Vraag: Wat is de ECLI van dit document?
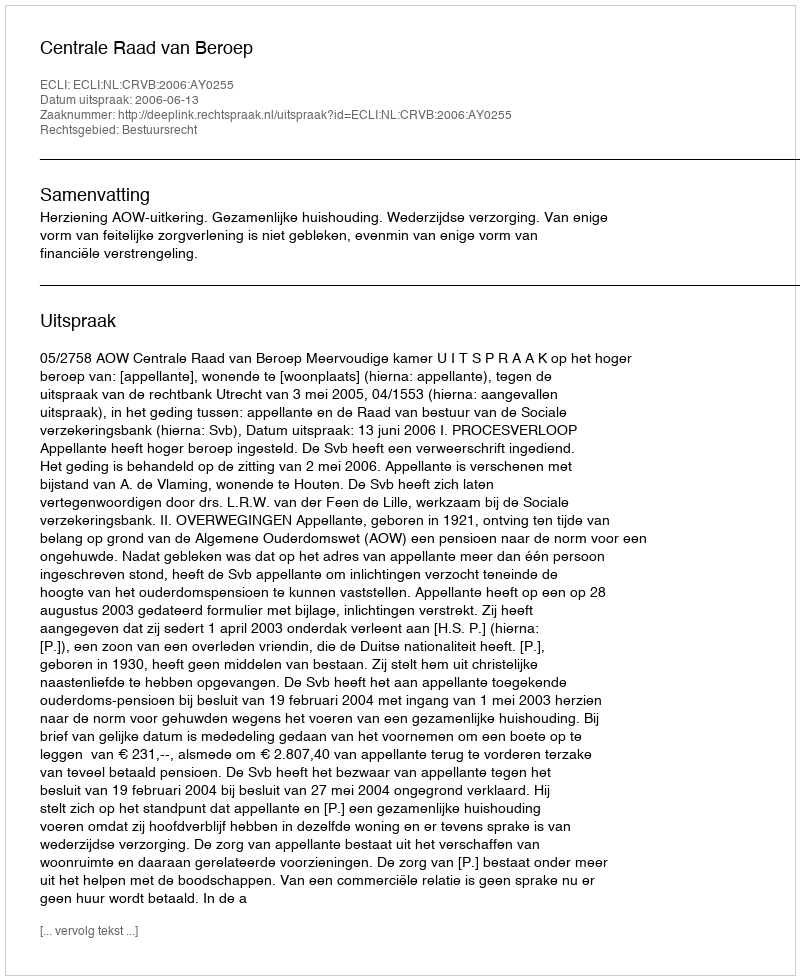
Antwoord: ECLI:NL:CRVB:2006:AY0255